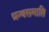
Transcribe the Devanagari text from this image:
ग्रन्थसमाप्ति